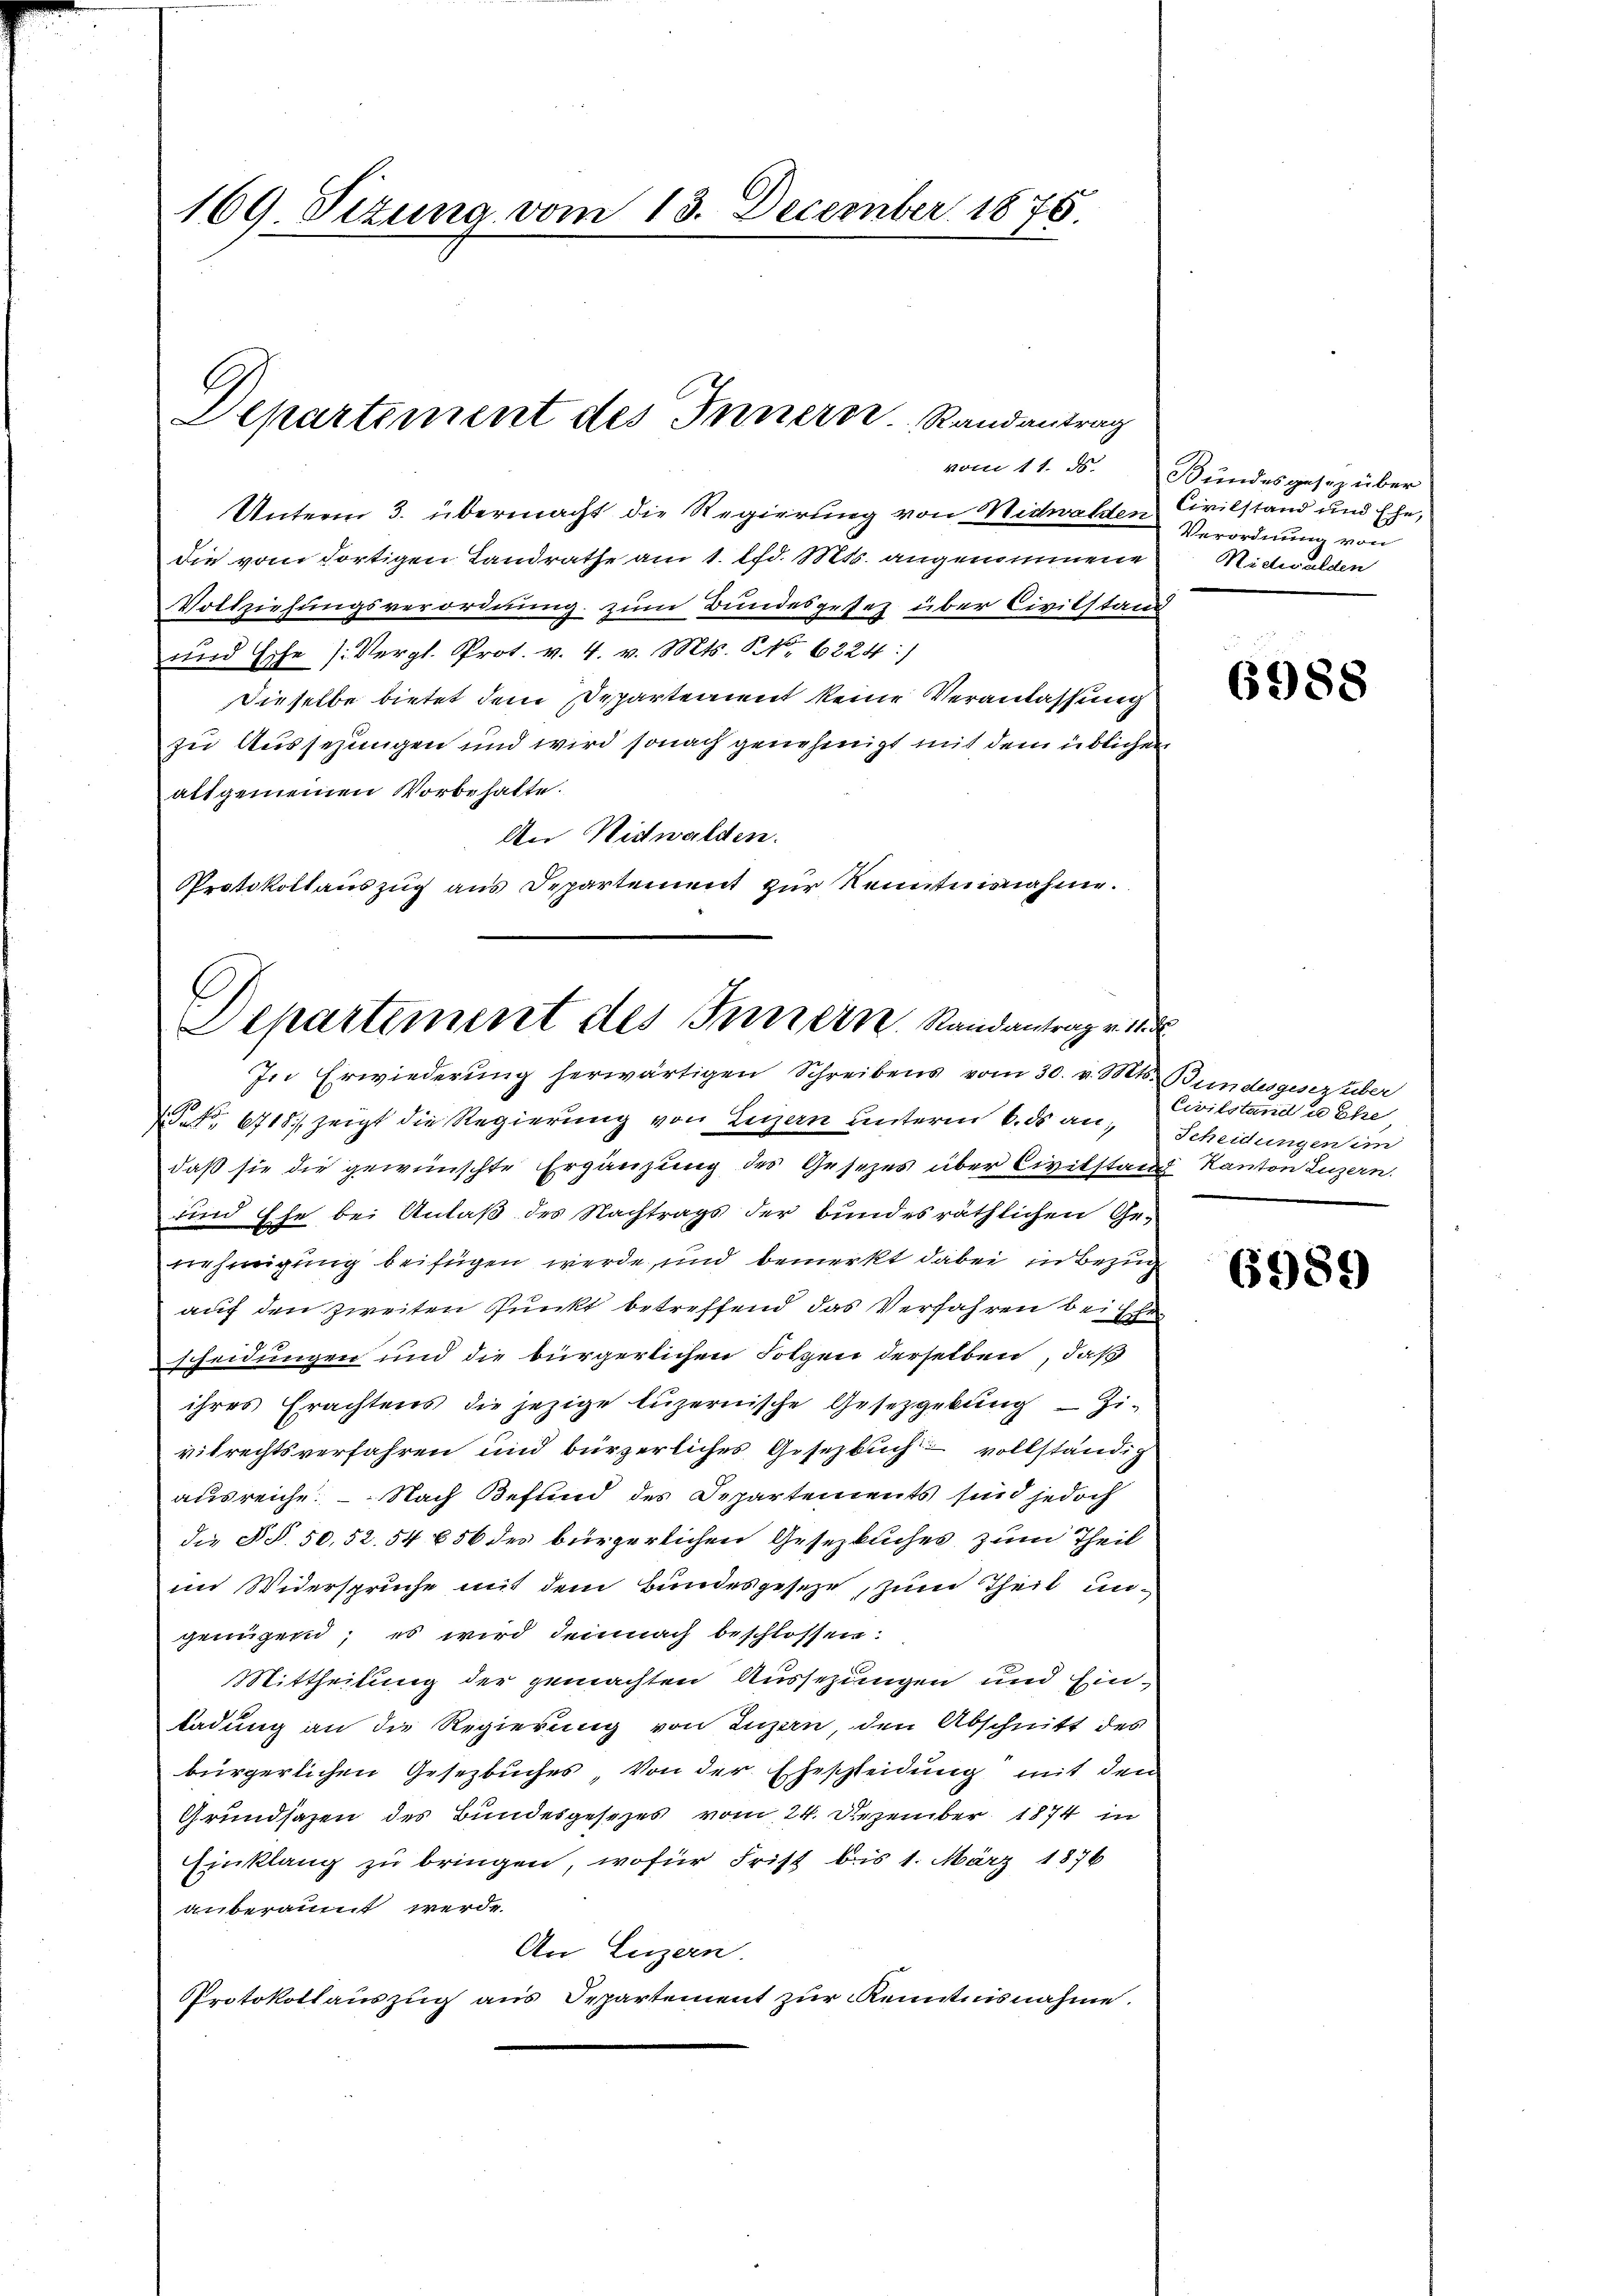
169. Sizung vom 13. December 1876.

vom 11. ds.
Unterm 3. übermacht die Regierung von Nidwalden Civilstand und Ehe,
die vom dortigen Landrathe am 1. lfd. Mts. angenommene
Vollziehungsverordnung zum Bundesgesez über Civilstanz
und Esche (Vergl. Prot. v. 4. v. Mts. NNo. 6224:)
Dieselbe bietet dem Departement keine Veranlassung
zu Aussetzungen und wird sonach genehmigt mit dem üblichen
alt gemeinen Vorbehalte.
An Nidwalden.
Protokollauszug aus Departement zur Kenntnisnahme.

Departement des Innern. Randantrag

6718, zeigt die Regierung von Legern unterm 6. ds an, Scheidungen im
daß sie die gewünschte Ergänzung des Gesezes über Civilstand Kanton Luzern.
sind Ehe bei Anlaß des Nachtrags der bundesräthlichen Genehmigung beifügen werde, und bemerkt dabei in Bezug
auf den zweiten Punkt betreffend das Verfahren bei Er
scheidungen und die bürgerlichen Lotzen derselben, daß
ihres Erachtens die jezige luzernische Gesetzgebung - Zi-
vilrechtsverfahren und bürzerliches Gesetzbuch vollständig
ausreiche. - Nach Befund des Departements sind jedoch
die §§. 50,52. 54 656 des bürgerlichen Gesetzbuches zum Theil
im Widerspruche mit dem Bundesgeseze, zum Theil ungenügen; es wird demnach beschlossen:
Mittheilung der gemachten Aussezungen und Einladung an die Regierung von Luzern, den Abschnitt des
bürgerlichen Gesezbuches von der Eheschleidung mit den
Grundsatzen des Bundesgesezes vom 24. Dezember 1874 in
Einklang zu bringen, wofür Frist bis 1. März 1876
auberaumt werde.
An Luzern.
Protokollauszug aus Separtement zur Kenntnisnahme.

Departement des Innern, Randantrag v. 11. 3
In Erwiederung herwärtigen Schreibens vom 30. v. Mts. Bundesgesez über

Bundesgesez über
Verordnung von
Nidwalden

6988

Civilstand a Ehe
.

6989